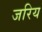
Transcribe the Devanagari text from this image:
जरिय